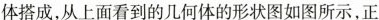
体搭成，从上面看到的几何体的形状图如图所示，正